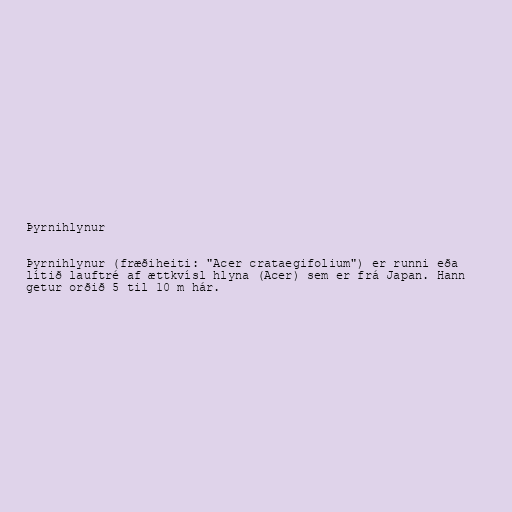
Þyrnihlynur

Þyrnihlynur (fræðiheiti: "Acer crataegifolium") er runni eða
lítið lauftré af ættkvísl hlyna (Acer) sem er frá Japan. Hann
getur orðið 5 til 10 m hár.